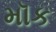
મૉક